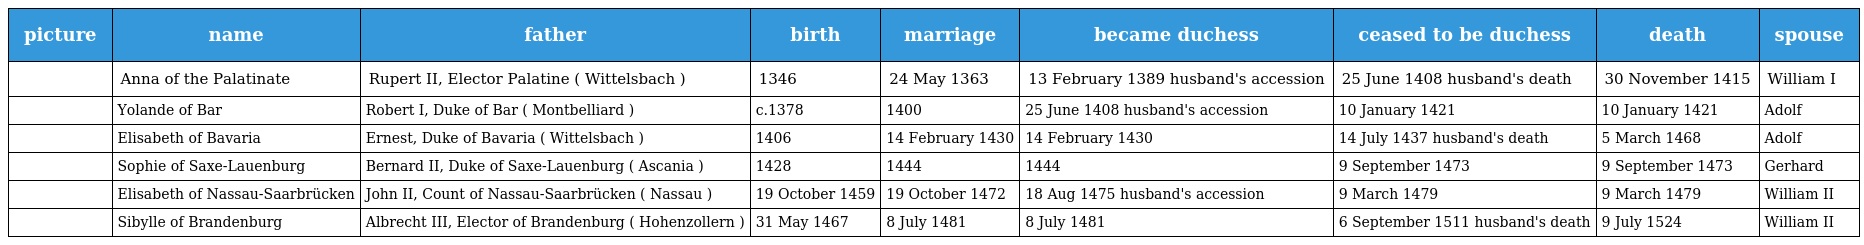
| picture | name | father | birth | marriage | became duchess | ceased to be duchess | death | spouse |
 | --- | --- | --- | --- | --- | --- | --- | --- | --- |
 |  | Anna of the Palatinate | Rupert II, Elector Palatine ( Wittelsbach ) | 1346 | 24 May 1363 | 13 February 1389 husband's accession | 25 June 1408 husband's death | 30 November 1415 | William I |
 |  | Yolande of Bar | Robert I, Duke of Bar ( Montbelliard ) | c.1378 | 1400 | 25 June 1408 husband's accession | 10 January 1421 | 10 January 1421 | Adolf |
 |  | Elisabeth of Bavaria | Ernest, Duke of Bavaria ( Wittelsbach ) | 1406 | 14 February 1430 | 14 February 1430 | 14 July 1437 husband's death | 5 March 1468 | Adolf |
 |  | Sophie of Saxe-Lauenburg | Bernard II, Duke of Saxe-Lauenburg ( Ascania ) | 1428 | 1444 | 1444 | 9 September 1473 | 9 September 1473 | Gerhard |
 |  | Elisabeth of Nassau-Saarbrücken | John II, Count of Nassau-Saarbrücken ( Nassau ) | 19 October 1459 | 19 October 1472 | 18 Aug 1475 husband's accession | 9 March 1479 | 9 March 1479 | William II |
 |  | Sibylle of Brandenburg | Albrecht III, Elector of Brandenburg ( Hohenzollern ) | 31 May 1467 | 8 July 1481 | 8 July 1481 | 6 September 1511 husband's death | 9 July 1524 | William II |